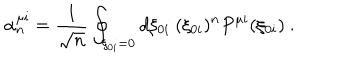
LaTeX: \alpha _ { n } ^ { \mu i } = \frac { 1 } { \sqrt { n } } \oint _ { \xi _ { 0 i } = 0 } d \xi _ { 0 i } \ ( \xi _ { 0 i } ) ^ { n } P ^ { \mu i } ( \xi _ { 0 i } ) \ .